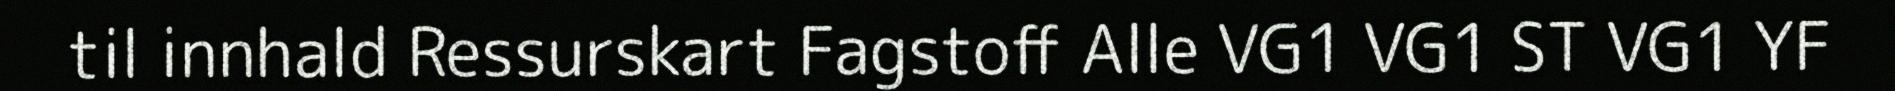
til innhald Ressurskart Fagstoff Alle VG1 VG1 ST VG1 YF